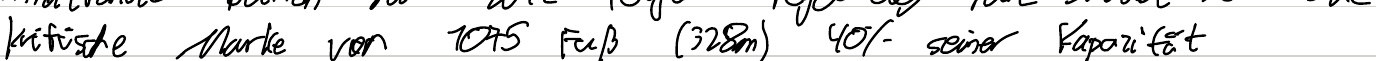
kritische Marke von 1075 Fuß (328m) 40% seiner Kapazität